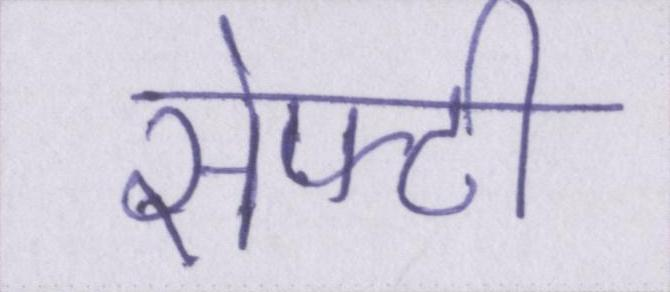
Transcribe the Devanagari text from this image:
सेफ्टी